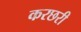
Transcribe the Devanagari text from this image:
करछरी